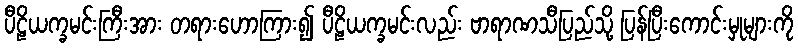
ပီဠိယက္ခမင်းကြီးအား တရားဟောကြား၍ ပီဠိယက္ခမင်းလည်း ဗာရာဏသီပြည်သို့ ပြန်ပြီးကောင်းမှုများကို